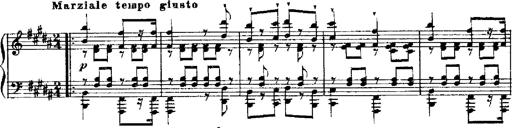
Title: RÃ©miniscences de Robert le diable
Composer: Franz Liszt